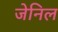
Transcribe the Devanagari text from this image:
जेनिल